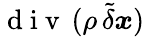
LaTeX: \mathrm{~d~i~v~}\, (\rho\, \tilde{\delta}\boldsymbol{x})